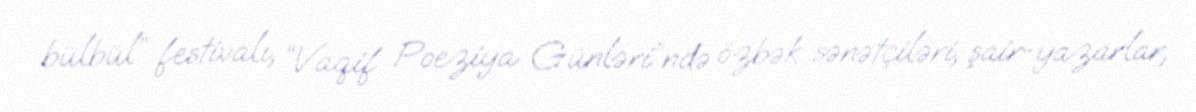
bülbül” festivalı, “Vaqif Poeziya Günləri”ndə özbək sənətçiləri, şair-yazarlar,